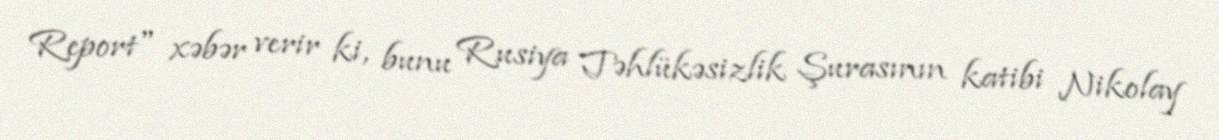
Report" xəbər verir ki, bunu Rusiya Təhlükəsizlik Şurasının katibi Nikolay